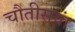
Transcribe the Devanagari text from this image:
चौतीसवां